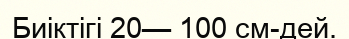
Биіктігі 20— 100 см-дей.